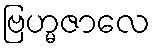
ဗြဟ္မဇာလေ